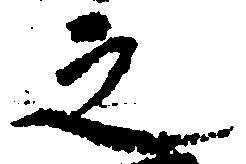
之